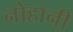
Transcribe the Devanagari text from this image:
नोहानी